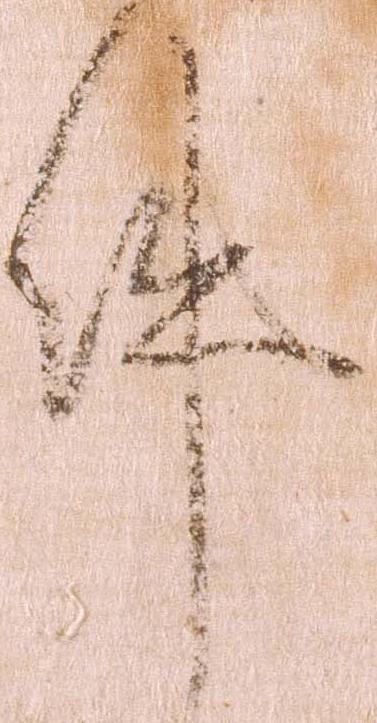
件